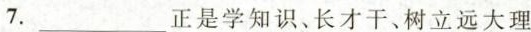
7.___正是学知识、长才干、树立远大理